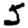
Digit: 5